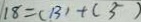
1 8 = ( 1 3 ) + ( 5 )